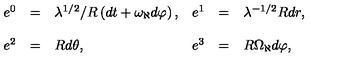
\begin{array} { r c l r c l } { e ^ { 0 } } & { = } & { \lambda ^ { 1 / 2 } / R \left( d t + \omega _ { \aleph } d \varphi \right) , } & { e ^ { 1 } } & { = } & { \lambda ^ { - 1 / 2 } R d r , } \\ { } & { } & { } & { } & { } & { } \\ { e ^ { 2 } } & { = } & { R d \theta , } & { e ^ { 3 } } & { = } & { R \Omega _ { \aleph } d \varphi , } \\ \end{array}